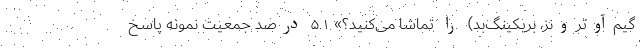
گیم‌آوترونز، بریکینگ‌بد) را تماشا می‌کنید؟» ۵.۱ درصد جمعیت نمونه پاسخ